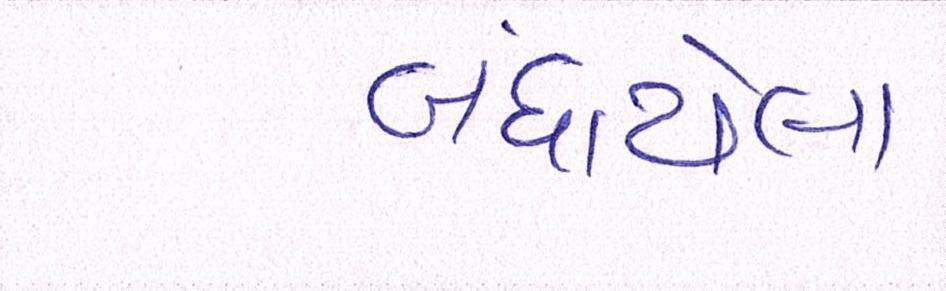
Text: બંધાયેલા